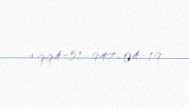
+994-51-947-04-19